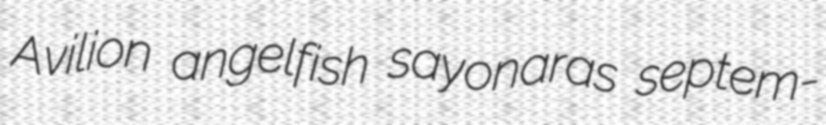
Avilion angelfish sayonaras septem-